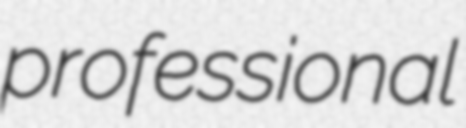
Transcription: professional